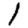
Digit: 1